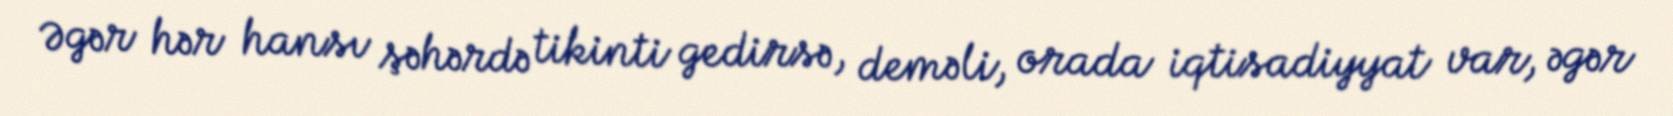
Əgər hər hansı şəhərdə tikinti gedirsə, deməli, orada iqtisadiyyat var, əgər